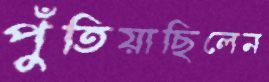
পুঁতিয়াছিলেন